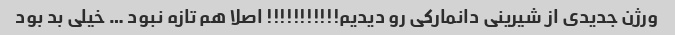
ورژن جدیدی از شیرینی دانمارکی رو دیدیم!!!!!!!!!!! اصلا هم تازه نبود … خیلی بد بود